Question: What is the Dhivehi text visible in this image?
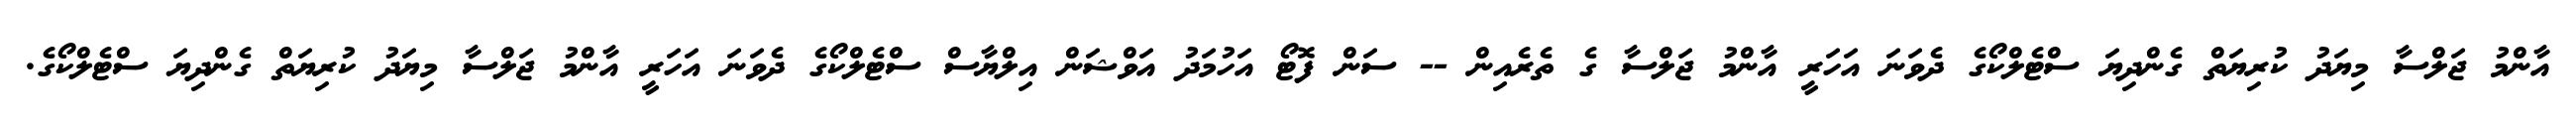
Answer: އާންމު ޖަލްސާ މިޔަދު ކުރިޔަތް ގެންދިޔަ ސްޓެލްކޯގެ ދެވަނަ އަހަރީ އާންމު ޖަލްސާ ގެ ތެރެއިން -- ސަން ފޮޓޯ އަހުމަދު އަވްޝަން އިލްޔާސް ސްޓެލްކޯގެ ދެވަނަ އަހަރީ އާންމު ޖަލްސާ މިޔަދު ކުރިޔަތް ގެންދިޔަ ސްޓެލްކޯގެ.